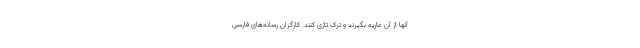
آنها از آن عاریه بگیرند و تُرک تازی کنند. کارگرانِ رسانه‌های فارسی